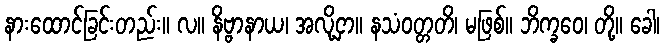
နားထောင်ခြင်းတည်း။ လ။ နိဗ္ဗာနာယ၊ အလို့ငှာ။ နသံဝတ္တတိ၊ မဖြစ်။ ဘိက္ခဝေ၊ တို့။ ခေါ၊